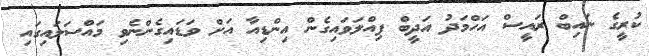
ކުރީގެ ނައިބް ރައީސް އަހްމަދު އަދީބް ފިއްލަވައިގެން އިންޑިއާ އަށް ވަޑައިގެންނެވި މައްސަލައިގައި